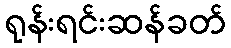
ရုန်းရင်းဆန်ခတ်